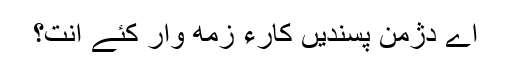
اے دژمن پسندیں کارءِ زمه وار کئے انت؟